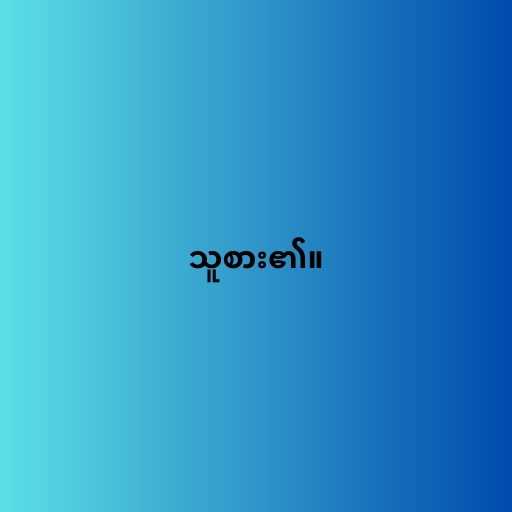
သူစား၏။